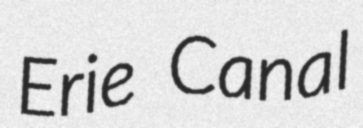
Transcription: Erie Canal